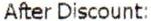
AFTER DISCOUNT: